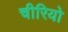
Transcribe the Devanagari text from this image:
चीरियो